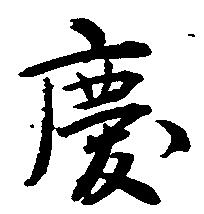
慶